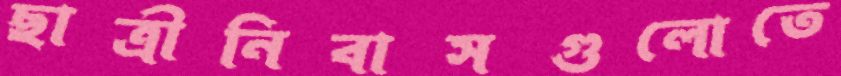
ছাত্রীনিবাসগুলোতে